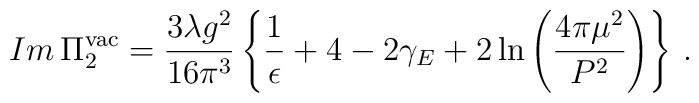
Im \, \Pi_2^{\rm vac} = \frac{3\lambda g^2}{16\pi^3}\left\{ \frac{1}{\epsilon} + 4 -2\gamma_E + 2\ln\left(\frac{4\pi\mu^2}{P^2}\right) \right\} \, .